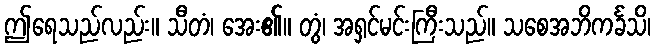
ဤရေသည်လည်း။ သီတံ၊ အေး၏။ တွံ၊ အရှင်မင်းကြီးသည်။ သစေအဘိကင်္ခသိ၊